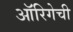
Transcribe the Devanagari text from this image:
ऑरिगेची